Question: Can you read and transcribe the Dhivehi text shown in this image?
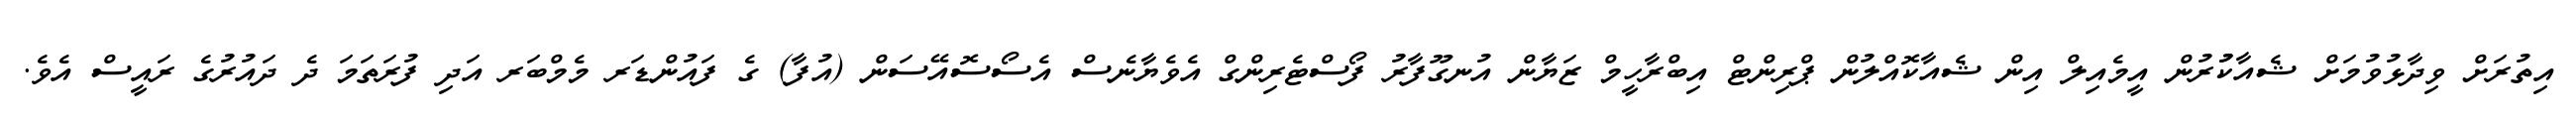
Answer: އިތުރަށް ވިދާޅުވުމަށް ޝެއާކުުރުން އީމެއިލް އިން ޝެއާކޮއްލުން ޕްރިންޓް އިބްރާހީމް ޒަޔާން އުނގޫފާރު ފޯސްޓެރިންގް އެވެޔާނެސް އެސޯސޮއޭސަން (އުފާ) ގެ ފައުންޑަރ މެމްބަރ އަދި ފުރަތަމަ ދެ ދައުރުގެ ރައީސް އެވެ.